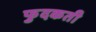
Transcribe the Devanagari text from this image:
फुदकती